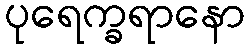
ပုရေက္ခရာနော